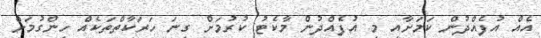
އެއް އުފެއްދުން ކަމަށާއި މި އުފެއްދުން މާކެޓު ކުރުމަށް ގިނަ ހަރަކާތްތަކެއް ހިންގުމަށް